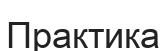
Практика